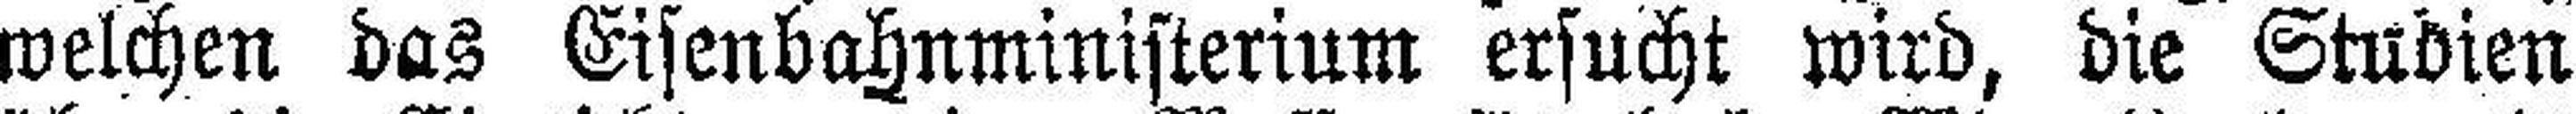
welchen das Eisenbahnministerium ersucht wird, die Studien